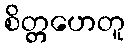
စိတ္တဟေတူ